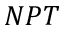
N P T